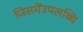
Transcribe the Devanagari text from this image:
जिसमेंउपलब्धि